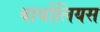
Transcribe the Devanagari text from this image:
बार्थोलियस